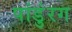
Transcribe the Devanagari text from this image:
पांडुंरग